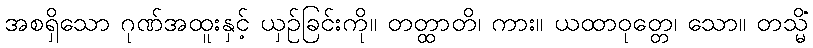
အစရှိသော ဂုဏ်အထူးနှင့် ယှဉ်ခြင်းကို။ တတ္ထာတိ၊ ကား။ ယထာဝုတ္တေ၊ သော။ တသ္မိံ